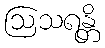
ဩသရန္တိ